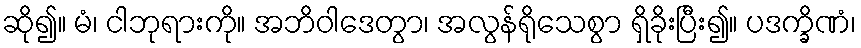
ဆို၍။ မံ၊ ငါဘုရားကို။ အဘိဝါဒေတွာ၊ အလွန်ရိုသေစွာ ရှိခိုးပြီး၍။ ပဒက္ခိဏံ၊